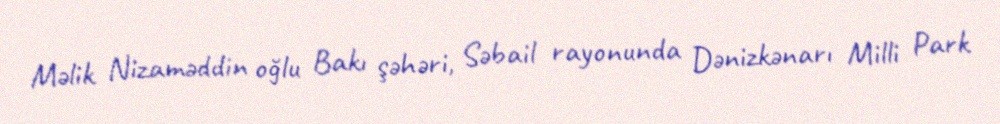
Məlik Nizaməddin oğlu Bakı şəhəri, Səbail rayonunda Dənizkənarı Milli Park